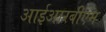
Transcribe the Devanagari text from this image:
आईआरबीएम